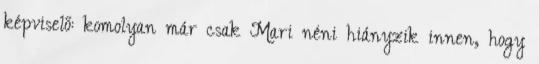
képviselő: komolyan már csak Mari néni hiányzik innen, hogy